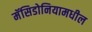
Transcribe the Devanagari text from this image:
मॅसिडोनियामधील